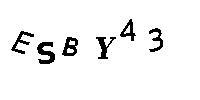
ESBY43